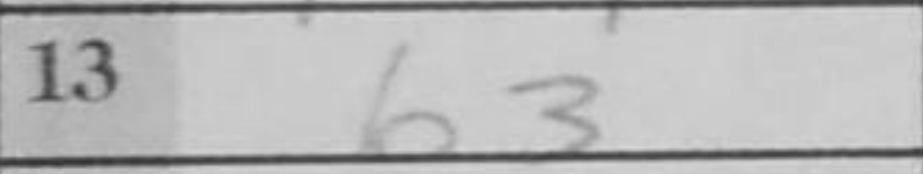
Transcription: b3